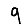
Digit: 9